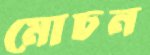
মোচন